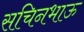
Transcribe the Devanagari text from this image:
सचिनभाऊ